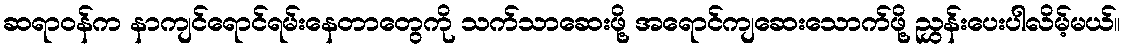
ဆရာဝန်က နာကျင်ရောင်ရမ်းနေတာတွေကို သက်သာဆေးဖို့ အရောင်ကျဆေးသောက်ဖို့ ညွှန်းပေးပါလိမ့်မယ်။